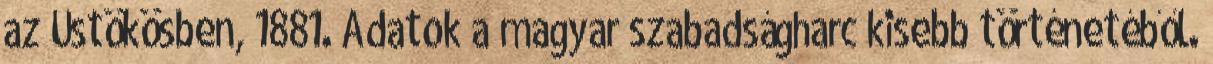
az Üstökösben, 1881. Adatok a magyar szabadságharc kisebb történetéből.